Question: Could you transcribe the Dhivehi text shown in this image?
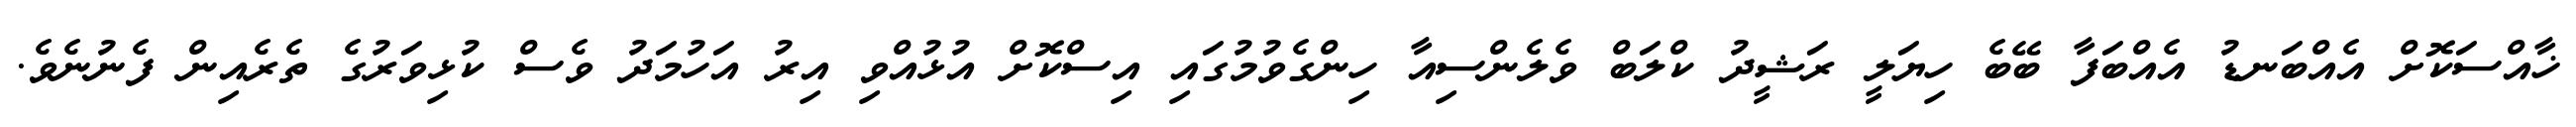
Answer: ޚާއްސަކޮށް އެއްބަނޑު އެއްބަފާ ބޭބެ ހިޔަލީ ރަޝީދު ކްލަބް ވެލެންސިއާ ހިންގެވުމުގައި އިސްކޮށް އުޅުއްވި އިރު އަހުމަދު ވެސް ކުޅިވަރުގެ ތެރެއިން ފެނުނެވެ.